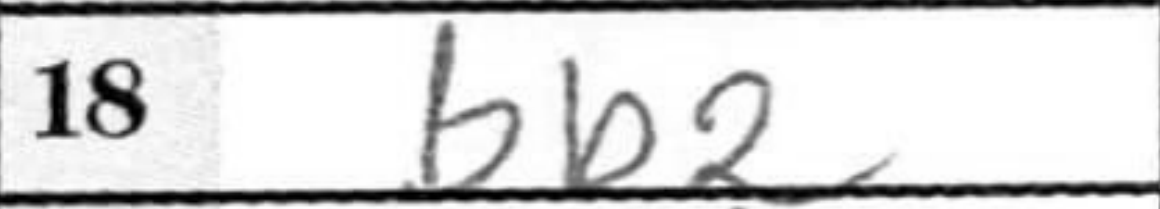
Transcription: Bb2